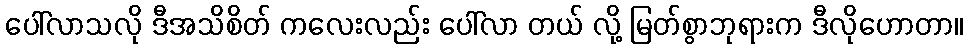
ပေါ်လာသလို ဒီအသိစိတ် ကလေးလည်း ပေါ်လာ တယ် လို့ မြတ်စွာဘုရားက ဒီလိုဟောတာ။